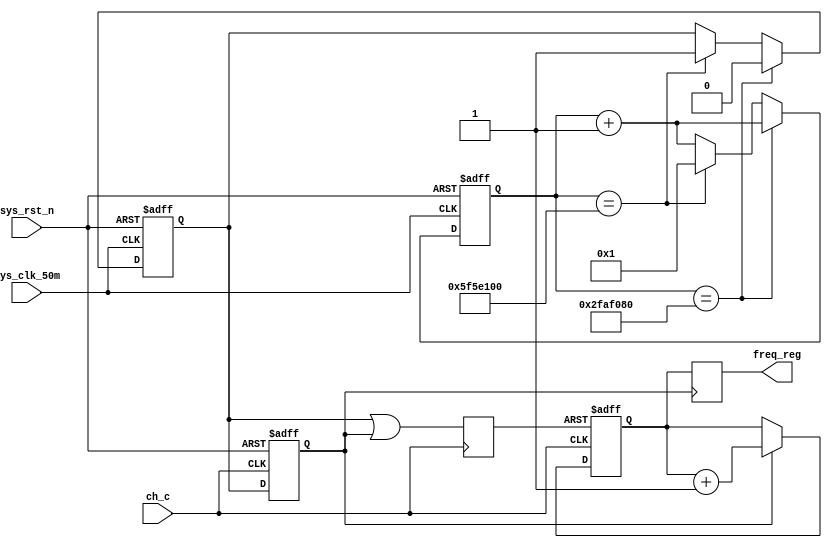
module Freq_Count_Top(	
	input					sys_clk_50m,ch_c,
	output	reg	[63:0]	freq_reg,
	input					sys_rst_n
	);
	
	reg	Gate_1S;			//1
	wire	Load;
	reg	EN_FT;
	reg	CLR;
//-----------------------------------------------------------------------
	parameter	HIGH_TIME_Gate_1S  	= 	50_000_000;
	parameter	LOW_TIME_Gate_1S   	= 	100_000_000;
//-----------------------------------------------------------------------
	reg [31:0] count;
	always@(posedge sys_clk_50m or negedge sys_rst_n)begin
		if(!sys_rst_n)begin
			count <= 32'b0;
			Gate_1S <= 1'b0;
			end
		else begin
			count <= count + 1'b1;
			if(count == HIGH_TIME_Gate_1S)
				Gate_1S <= 1'b0;
			else if(count == LOW_TIME_Gate_1S)begin 
				count 	<= 32'b1;
				Gate_1S 	<= 1'b1;
				end
			end
		end
//-----------------------------------------------------------------------
	always@(posedge ch_c)
		CLR  <= Gate_1S | EN_FT;
		
	always@(posedge ch_c or negedge sys_rst_n)begin
		if(!sys_rst_n)begin
			EN_FT = 0;
			end
		else begin
			EN_FT = Gate_1S;
			end
		end
	assign	Load = !EN_FT;

	reg	[63:0]	FT_out;	
	always @(posedge ch_c or negedge CLR)begin
		if(!CLR)begin			
			FT_out <= 64'b0;
			end
		else if(EN_FT)begin	
				FT_out <= FT_out + 1'b1;
			end
		end

//   COUNTER_LOAD_MACRO #(
//      .COUNT_BY(48'h000000000001), 
//      .DEVICE("7SERIES"), 				
//      .WIDTH_DATA(48)    				
//   ) freq_counter (
//      .Q(FT_out),
//      .CLK(ch_c), 		
//      .CE(EN_FT),   				
//      .DIRECTION(1'b1), 				
//      .LOAD(CLR),          				
//      .LOAD_DATA(32'b0),				
//      .RST(!sys_rst_n)      			
//   );
	
	always@(posedge Load)begin
		//freq_reg <= {16'b0, FT_out};
		freq_reg <= FT_out;
		end

	
endmodule